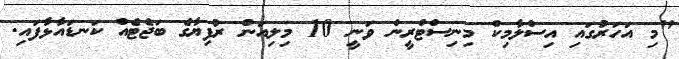
"މި އަހަރުގައި އިސްލާމިކް މިނިސްޓްރީން ވަނީ 10 މިލިއަން ރުފިޔާގެ ބަޖެޓެއް ކަނޑައާޅާފައި.